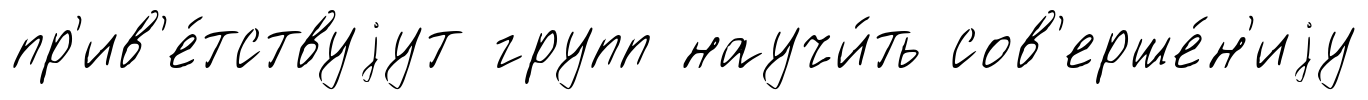
пр'ив'е́тствуjут групп научи́ть сов'ерше́н'иjу